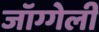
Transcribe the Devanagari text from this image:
जॉग्गेली